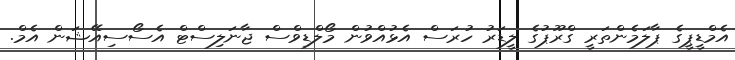
އެމްޑީޕީގެ ޕާލަމެންތަރީ ގްރޫޕުގެ ލީޑަރު ހުރަސް އެޅުއްވުން މޯލްޑިވްސް ޖާނަލިސްޓް އެސޯސިއޭޝަން އެމް.